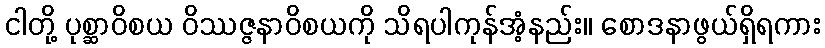
ငါတို့ ပုစ္ဆာဝိစယ ဝိဿဇ္ဇနာဝိစယကို သိရပါကုန်အံ့နည်း။ စောဒနာဖွယ်ရှိရကား